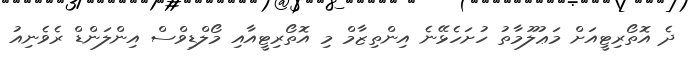
ދެ އޮތޯރިޓީއަށް މަޢުލޫމާތު ހުށަހެޅޭނެ އިންތިޒާމް މި އޮތޯރިޓީއާއި މޯލްޑިވްސް އިންލަންޑް ރެވެނިއު